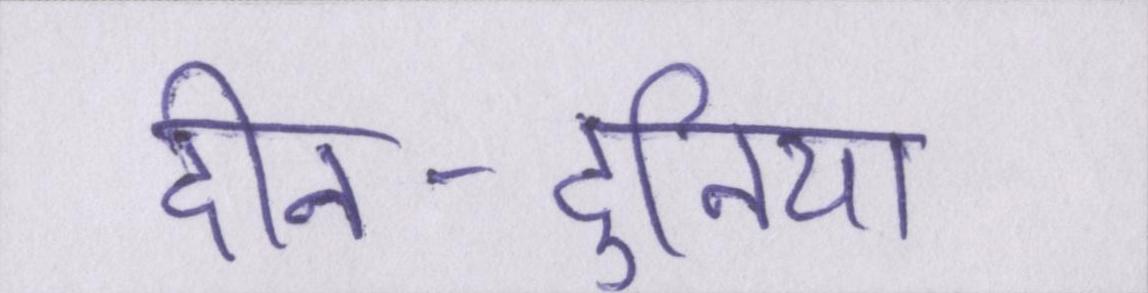
दीन-दुनिया